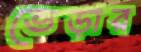
ভেড়ার